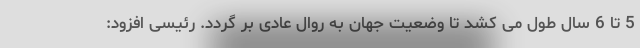
5 تا 6 سال طول می کشد تا وضعیت جهان به روال عادی بر گردد. رئیسی افزود: